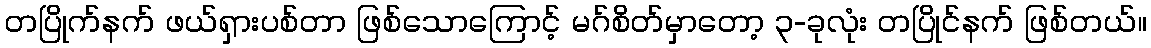
တပြိုက်နက် ဖယ်ရှားပစ်တာ ဖြစ်သောကြောင့် မဂ်စိတ်မှာတော့ ၃-ခုလုံး တပြိုင်နက် ဖြစ်တယ်။